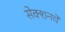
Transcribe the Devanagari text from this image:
सेक्शनचे